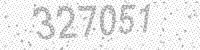
Solution: 327051